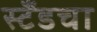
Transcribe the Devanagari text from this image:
स्टँडचा